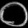
Digit: ၀